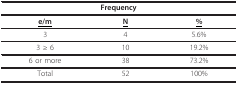
| <COLSPAN=3> Frequency |
 | --- | --- | --- |
 | <underline>e/m</underline> | <underline>N</underline> | <underline>%</underline> |
 | 3 | 4 | 5.6% |
 | 3 ≥ 6 | 10 | 19.2% |
 | 6 or more | 38 | 73.2% |
 | Total | 52 | 100% |